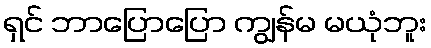
ရှင် ဘာပြောပြော ကျွန်မ မယုံဘူး